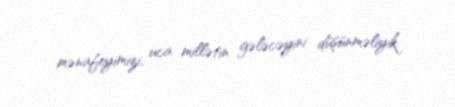
mənafeyimizi, uca millətin gələcəyini düşünməliyik.